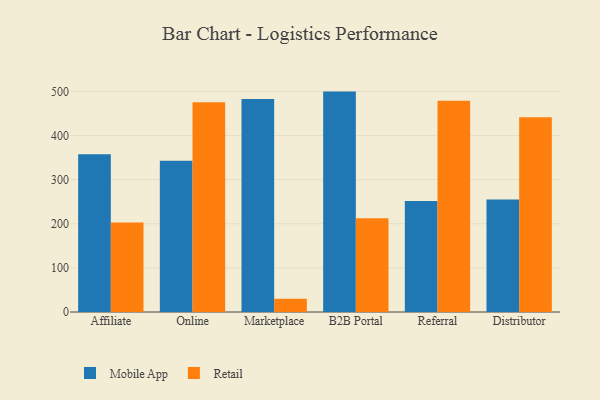
{"axis": {"x": "Channel", "y": "Net Income (USD K)"}, "legend": ["Mobile App", "Retail"], "data": [{"x": "Affiliate", "y": 357.5, "type": "Mobile App"}, {"x": "Affiliate", "y": 202.6, "type": "Retail"}, {"x": "Online", "y": 342.6, "type": "Mobile App"}, {"x": "Online", "y": 475.6, "type": "Retail"}, {"x": "Marketplace", "y": 482.9, "type": "Mobile App"}, {"x": "Marketplace", "y": 30.1, "type": "Retail"}, {"x": "B2B Portal", "y": 499.6, "type": "Mobile App"}, {"x": "B2B Portal", "y": 212.5, "type": "Retail"}, {"x": "Referral", "y": 251.7, "type": "Mobile App"}, {"x": "Referral", "y": 479.1, "type": "Retail"}, {"x": "Distributor", "y": 255.0, "type": "Mobile App"}, {"x": "Distributor", "y": 441.5, "type": "Retail"}]}